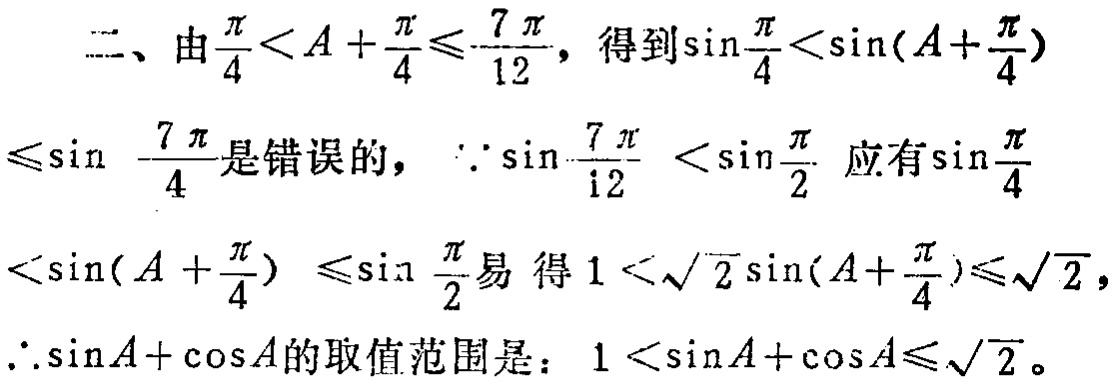
二、由\(\frac{\pi}{4}<A + \frac{\pi}{4}\leq\frac{7\pi}{12}\)，得到\(\sin\frac{\pi}{4}<\sin(A + \frac{\pi}{4})\leq\sin\frac{7\pi}{4}\)是错误的，\(\because\sin\frac{7\pi}{12}<\sin\frac{\pi}{2}\) 应有\(\sin\frac{\pi}{4}<\sin(A + \frac{\pi}{4})\leq\sin\frac{\pi}{2}\)易得\(1<\sqrt{2}\sin(A + \frac{\pi}{4})\leq\sqrt{2}\)，\(\therefore\sin A+\cos A\)的取值范围是：\(1<\sin A+\cos A\leq\sqrt{2}\)。